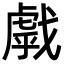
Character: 𢧶